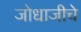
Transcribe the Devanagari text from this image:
जोधाजीचे